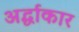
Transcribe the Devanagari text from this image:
अर्द्धाकार